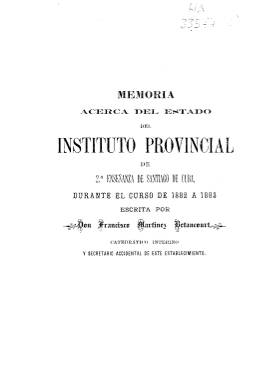
Título: Memoria acerca del estado del Instituto Provincial de 2ª Enseñanza de Santiago de Cuba
Otros títulos: Título: Memoria-anuario acerca del estado del Instituto de 2ª Enseñanza de Santiago de Cuba, 1884/1885 || Título: Memoria del curso académico de ..., 1893/1894 || Memoria del Instituto de Segunda Enseñanza de Santiago de Cuba, 1893/1894
Colección: Anuarios e informes || Educación
Ámbito geográfico: Cuba
Lugar de publicación: Santiago de Cuba
Fechas: 01/01/1882-31/12/1882